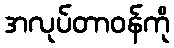
အလုပ်တာဝန်ကို